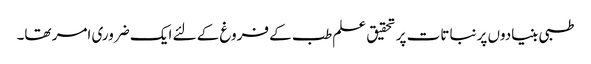
طبی بنیادوں پر نباتات پر تحقیق علم طب کے فروغ کے لئے ایک ضروری امر تھا۔